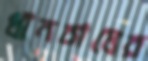
ধানচাষের